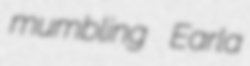
mumbling Earla